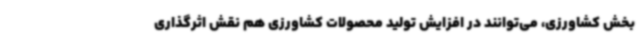
بخش کشاورزی، می‌توانند در افزایش تولید محصولات کشاورزی هم نقش اثرگذاری